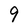
Character: 9